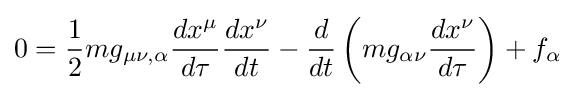
0={\frac {1}{2}}mg_{\mu \nu ,\alpha }{\frac {dx^{\mu }}{d\tau }}{\frac {dx^{\nu }}{dt}}-{\frac {d}{dt}}\left(mg_{\alpha \nu }{\frac {dx^{\nu }}{d\tau }}\right)+f_{\alpha }